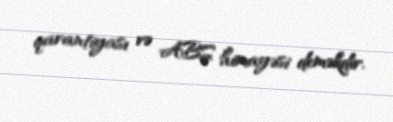
qarantiyası və ABŞ himayəsi deməkdir.